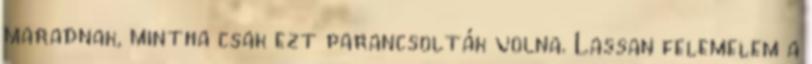
maradnak, mintha csak ezt parancsolták volna. Lassan felemelem a